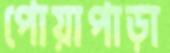
পোয়াপাড়া